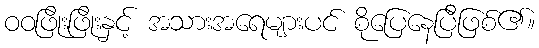
ဝဝဖြိုးဖြိုးနှင့် အသားအရေများပင် စိုပြေနေပြီဖြစ်၏။